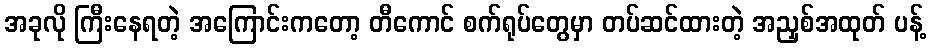
အခုလို ကြီးနေရတဲ့ အကြောင်းကတော့ တီကောင် စက်ရုပ်တွေမှာ တပ်ဆင်ထားတဲ့ အညှစ်အထုတ် ပန့်